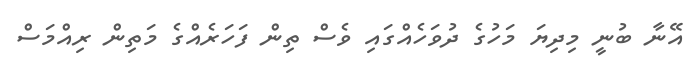
އޭނާ ބުނީ މިދިޔަ މަހުގެ ދުވަހެއްގައި ވެސް ތިން ފަހަރެއްގެ މަތިން ރިއްމަސް